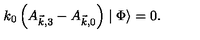
k _ { 0 } \left( A _ { \vec { k } , 3 } - A _ { \vec { k } , 0 } \right) \mid \Phi \rangle = 0 .